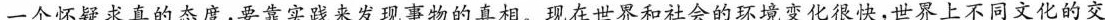
一个怀疑求真的态度，要靠实践来发现事物的真相。现在世界和社会的环境变化很快，世界上不同文化的交